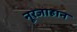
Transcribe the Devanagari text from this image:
नूरजाहान